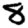
Digit: 8